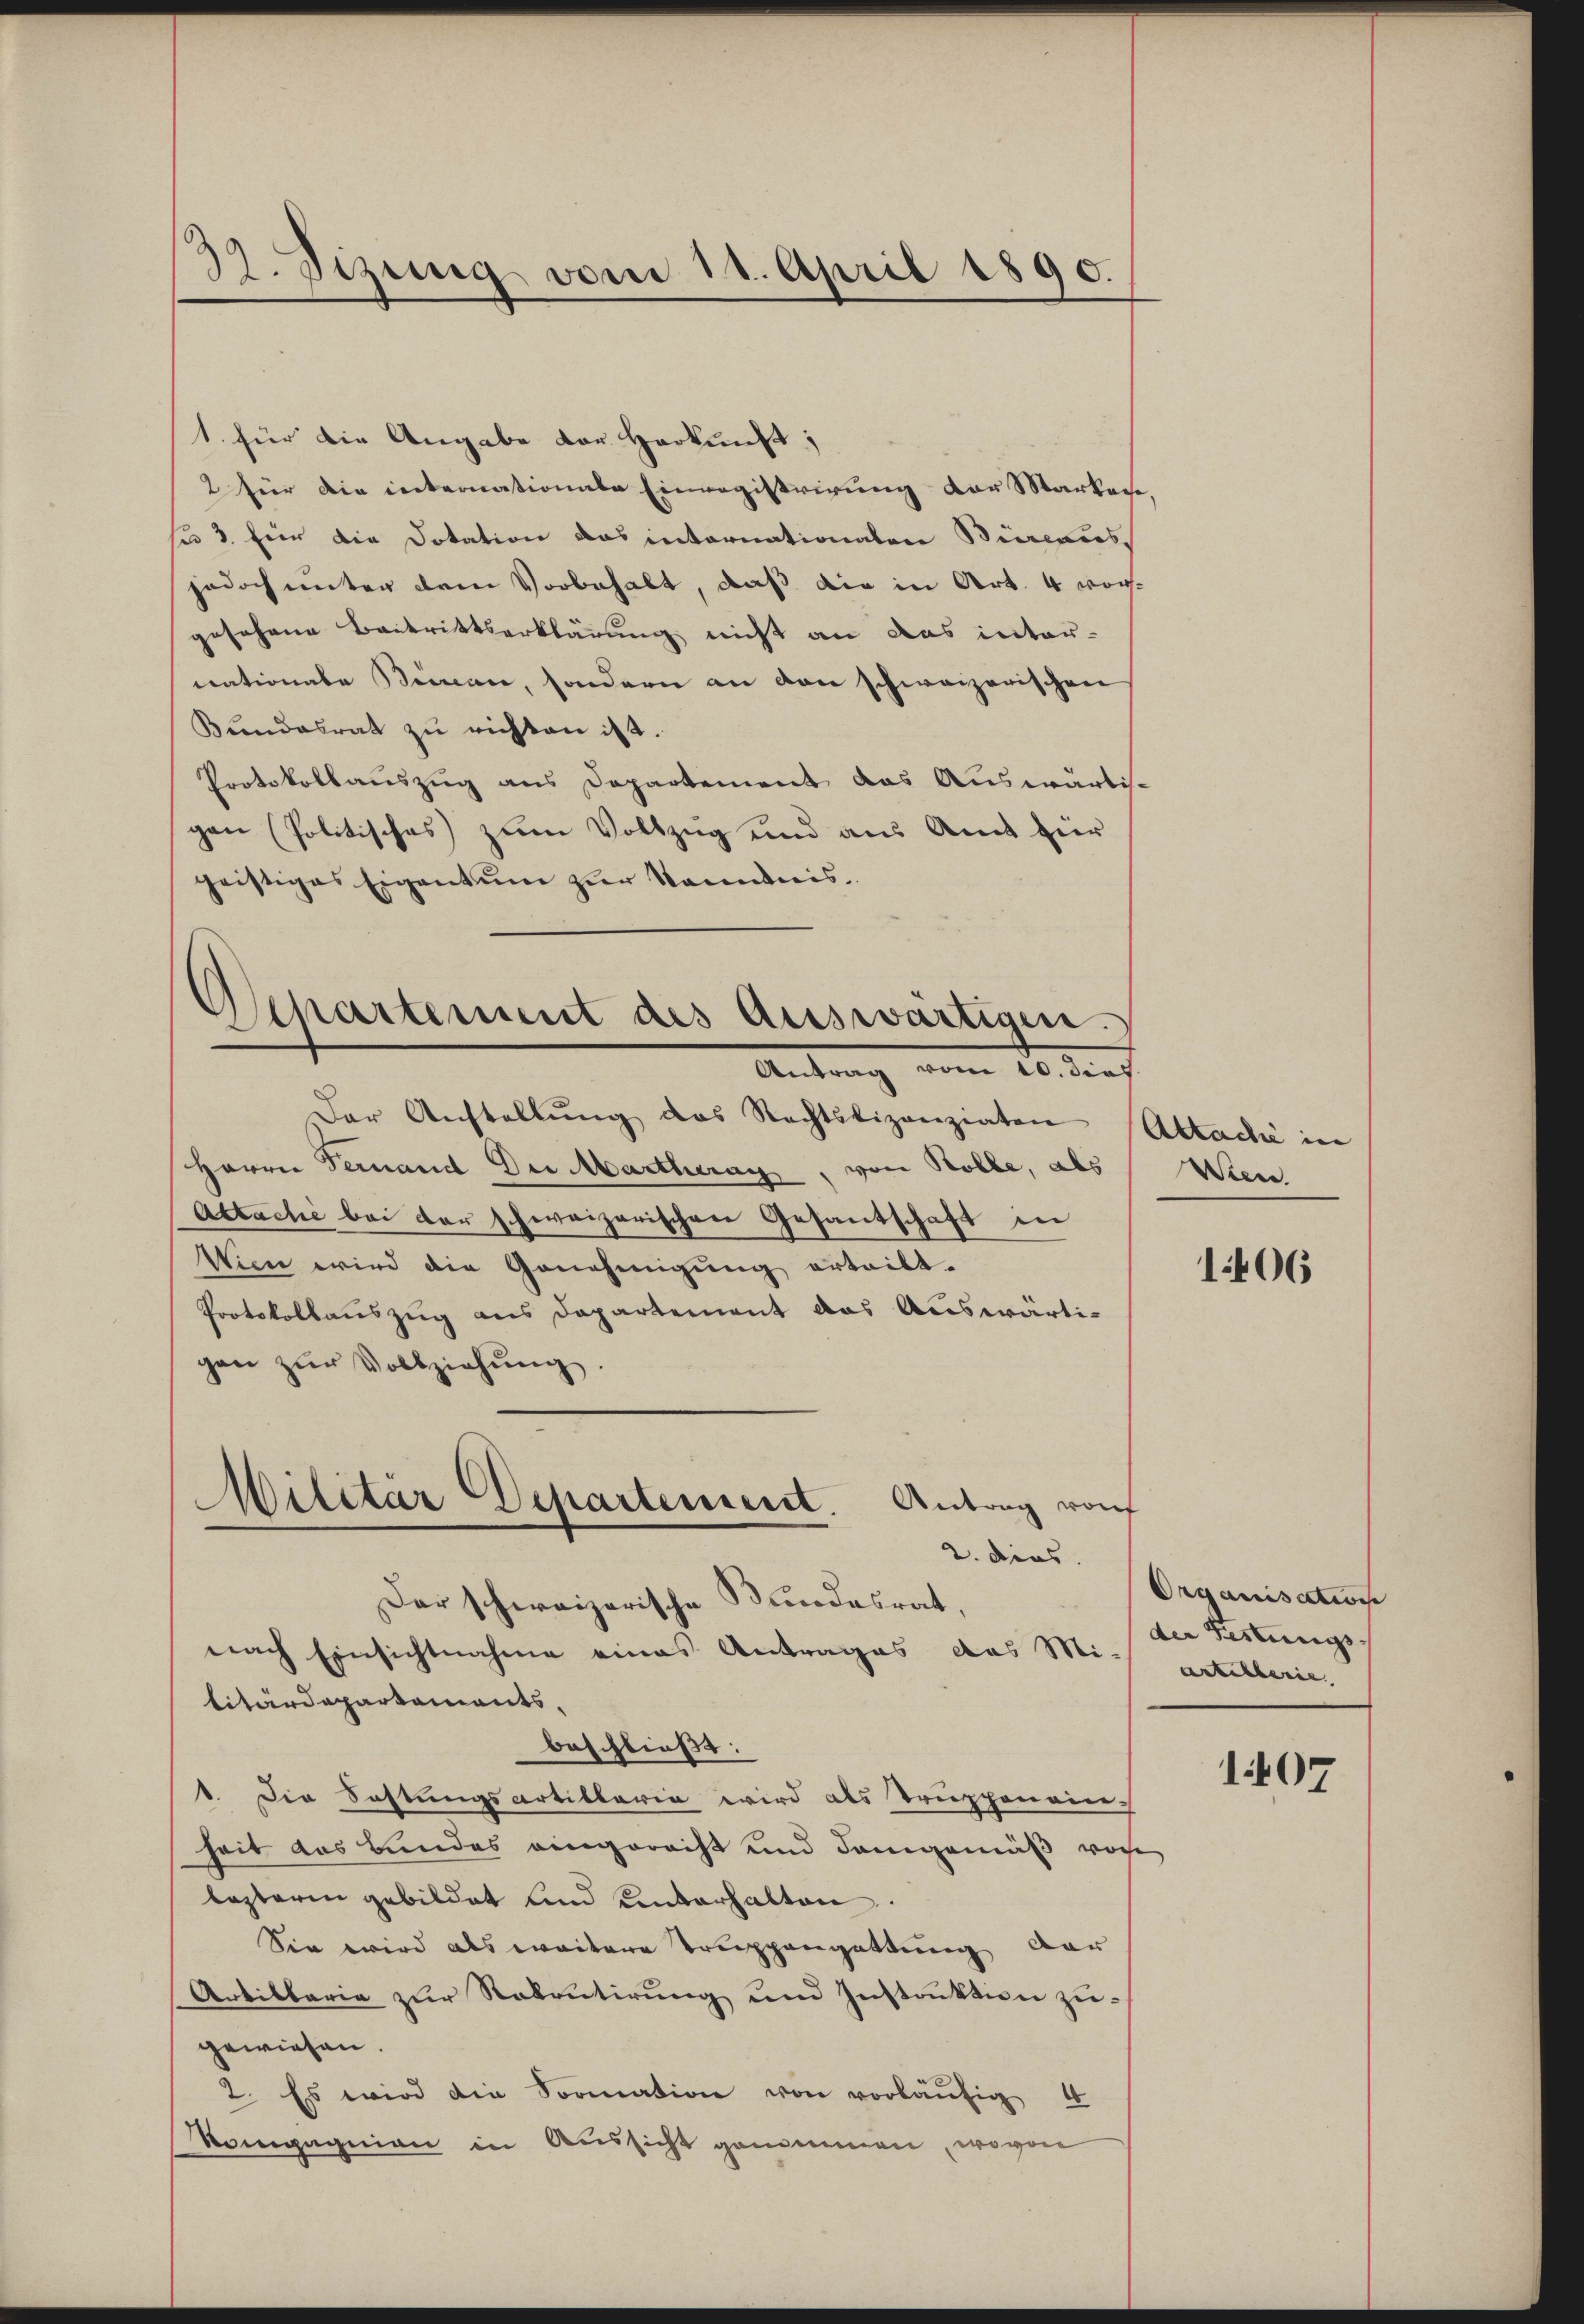
39. Sizung vom 11. April 1890.

1. für die Angabe der Herkunft;
2 für die internationale Einregistrirung der Markere
su 3. für die Dotation das internationaten Büreaus
jedoch unter dem Vorbehalt, daß die in Art. 4 vorgesehene Beitrittserklärung nicht an das inter-
nationale Beman, sondern an den schweizerischen
Bundesrat zu richten ist.
Protokollauszug aus Departement das Auswärtig.
gen (Politisches zum Vollzug und aus Amt für
geistiges Eigentum zur Namendnis¬
Antrag vom 10. dies
Der Anstellŭng des Rechtslizanziaten (Abtaché in
Herrn Fernand Der Martherag, von Rolle, als Wien.
Actache bei der schweizerischen Gesantschaft in
Wien wird die Genehmigung erteilt.
Protokollauszug aus Departement das Auswärtigen zŭr Vollziehŭng.
Militär Departement. Antrag vorf
2. dies
Der schweizerische Bundesrat,
nach Einsichtnahme eines Antrages das Mi-
litärdepartements.
beschließt:
1. Die Fastungsartiklaria wird als Truppenaie
heit das Bundes eingerecht und demgemäß von
lezteren gebildet und unterhalten
Sie wird als weitere Truppengattung dar
Artillaria zur Rekrutirung und Instruktion zugewiesen.
2. Es wird die Formation von vorläŭfig 4
Rompagnien in Aussicht genommen, wovon

Separtement des auswärtigen.

1406

Organisations
der Festungs- |
antilberie. |

1407